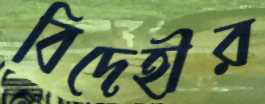
বিদেহীর